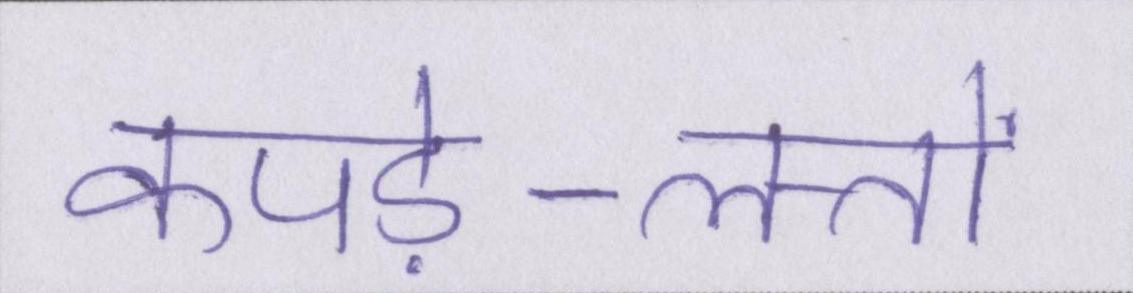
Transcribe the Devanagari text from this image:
कपड़े-लत्तों